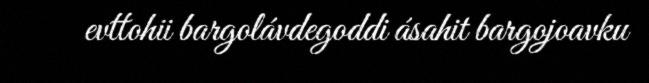
evttohii bargolávdegoddi ásahit bargojoavku